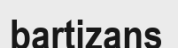
bartizans